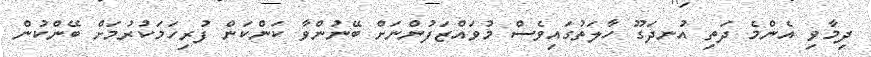
ދިމާވި އެންމެ ދަތި އުނދަގޫ ހާލަތުގައިވެސް މުވައްޒަފުންނަށް ބޭނުންވާ ކަންކަން ފުރިހަމަކުރުމަށް ބޭންކުން